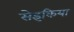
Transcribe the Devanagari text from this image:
सेइकिया